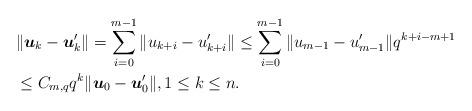
LaTeX: \begin{align*}& \|\boldsymbol{u}_k-\boldsymbol{u}_k'\|=\sum_{i=0}^{m-1}\|{u}_{k+i}-{u}_{k+i}'\| \leq \sum_{i=0}^{m-1}\|{u}_{m-1}-{u}_{m-1}'\|q^{k+i-m+1}\\ & \leq C_{m,q}q^k \|\boldsymbol{u}_0-\boldsymbol{u}_0'\|, 1\leq k\leq n.\end{align*}